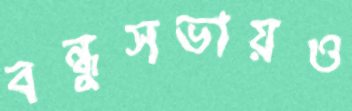
বন্ধুসভায়ও